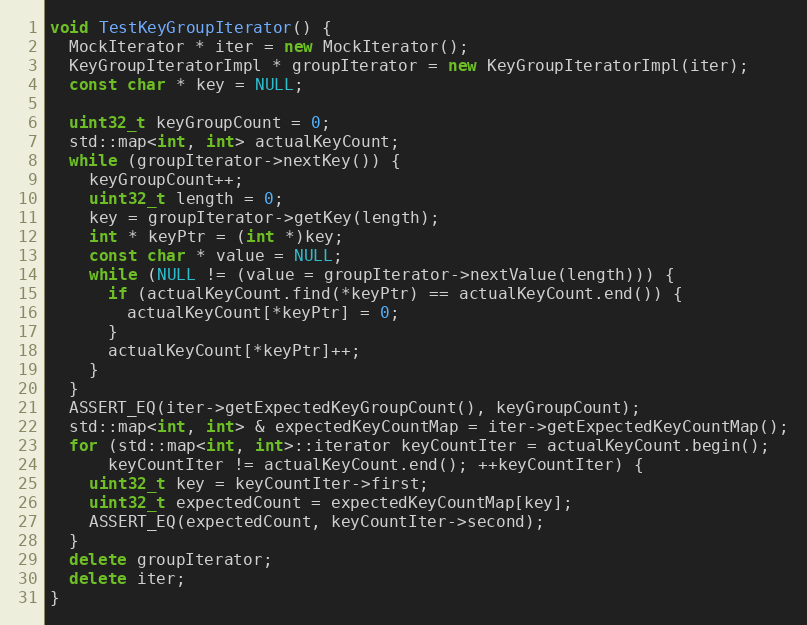
Language: C++
void TestKeyGroupIterator() {
  MockIterator * iter = new MockIterator();
  KeyGroupIteratorImpl * groupIterator = new KeyGroupIteratorImpl(iter);
  const char * key = NULL;

  uint32_t keyGroupCount = 0;
  std::map<int, int> actualKeyCount;
  while (groupIterator->nextKey()) {
    keyGroupCount++;
    uint32_t length = 0;
    key = groupIterator->getKey(length);
    int * keyPtr = (int *)key;
    const char * value = NULL;
    while (NULL != (value = groupIterator->nextValue(length))) {
      if (actualKeyCount.find(*keyPtr) == actualKeyCount.end()) {
        actualKeyCount[*keyPtr] = 0;
      }
      actualKeyCount[*keyPtr]++;
    }
  }
  ASSERT_EQ(iter->getExpectedKeyGroupCount(), keyGroupCount);
  std::map<int, int> & expectedKeyCountMap = iter->getExpectedKeyCountMap();
  for (std::map<int, int>::iterator keyCountIter = actualKeyCount.begin();
      keyCountIter != actualKeyCount.end(); ++keyCountIter) {
    uint32_t key = keyCountIter->first;
    uint32_t expectedCount = expectedKeyCountMap[key];
    ASSERT_EQ(expectedCount, keyCountIter->second);
  }
  delete groupIterator;
  delete iter;
}